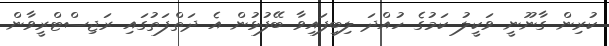
ކުރިން ގާނޫނީ ވަކީލު ކަމުގެ ހުއްދަ ލިބިފައިވާ ބޭފުޅުން އެ ދަތްފަތުގައި ރަޖިސްޓްރީވާން